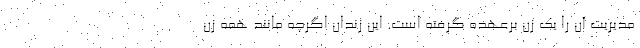
مدیریت آن را یک زن برعهده گرفته است. این زندان اگرچه مانند همه زن